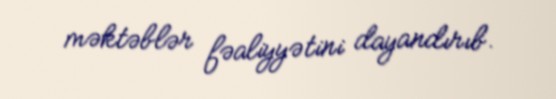
məktəblər fəaliyyətini dayandırıb.